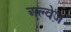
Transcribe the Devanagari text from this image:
अल्वेज़